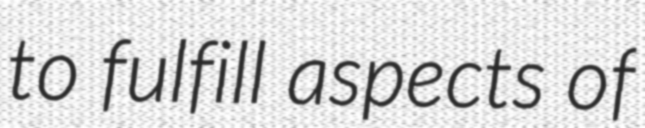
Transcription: to fulfill aspects of